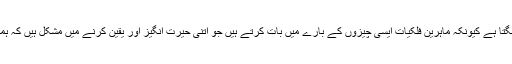
فلکیات سائنس کی ایک انتہائی پیچیدہ فیلڈ کی طرح لگتا ہے کیونکہ ماہرین فلکیات ایسی چیزوں کے بارے میں بات کرتے ہیں جو اتنی حیرت انگیز اور یقین کرنے میں مشکل ہیں کہ ہماری کہکشاں کے اندر اور اس سے باہر موجود ہیں۔